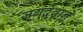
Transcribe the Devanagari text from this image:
जगदेवाने